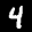
Label: 4